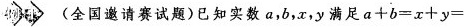
11 (全国邀请赛试题)已知实数a，b，x，y满足$$a+b=x+y=$$